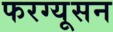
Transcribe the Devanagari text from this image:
फरग्यूसन